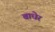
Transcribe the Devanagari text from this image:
वाधेर